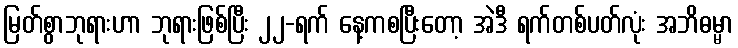
မြတ်စွာဘုရားဟာ ဘုရားဖြစ်ပြီး ၂၂-ရက် နေ့ကစပြီးတော့ အဲဒီ ရက်တစ်ပတ်လုံး အဘိဓမ္မာ